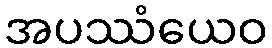
အပဿံယေဝ